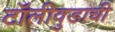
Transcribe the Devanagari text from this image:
टॉलीवुडाची